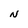
Character: N